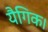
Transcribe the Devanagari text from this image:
यैगिक।